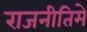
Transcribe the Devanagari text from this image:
राजनीतिमे